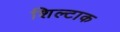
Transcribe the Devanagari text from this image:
शिल्टाक